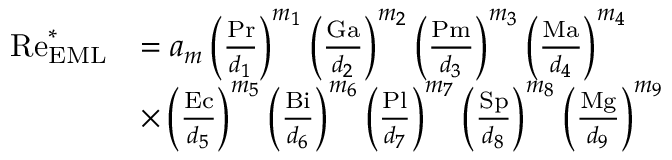
\begin{array} { r l } { \mathrm { R e } _ { \mathrm { E M L } } ^ { \ast } } & { = a _ { m } \left( \frac { \mathrm { P r } } { d _ { 1 } } \right) ^ { m _ { 1 } } \left( \frac { \mathrm { G a } } { d _ { 2 } } \right) ^ { m _ { 2 } } \left( \frac { \mathrm { P m } } { d _ { 3 } } \right) ^ { m _ { 3 } } \left( \frac { \mathrm { M a } } { d _ { 4 } } \right) ^ { m _ { 4 } } } \\ & { \times \left( \frac { \mathrm { E c } } { d _ { 5 } } \right) ^ { m _ { 5 } } \left( \frac { \mathrm { B i } } { d _ { 6 } } \right) ^ { m _ { 6 } } \left( \frac { \mathrm { P l } } { d _ { 7 } } \right) ^ { m _ { 7 } } \left( \frac { \mathrm { S p } } { d _ { 8 } } \right) ^ { m _ { 8 } } \left( \frac { \mathrm { M g } } { d _ { 9 } } \right) ^ { m _ { 9 } } } \end{array}